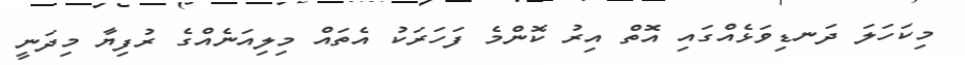
މިކަހަލަ ދަނޑިވަޅެއްގައި އޮތް އިރު ކޮންމެ ފަހަރަކު އެތައް މިލިއަނެއްގެ ރުފިޔާ މިދަނީ